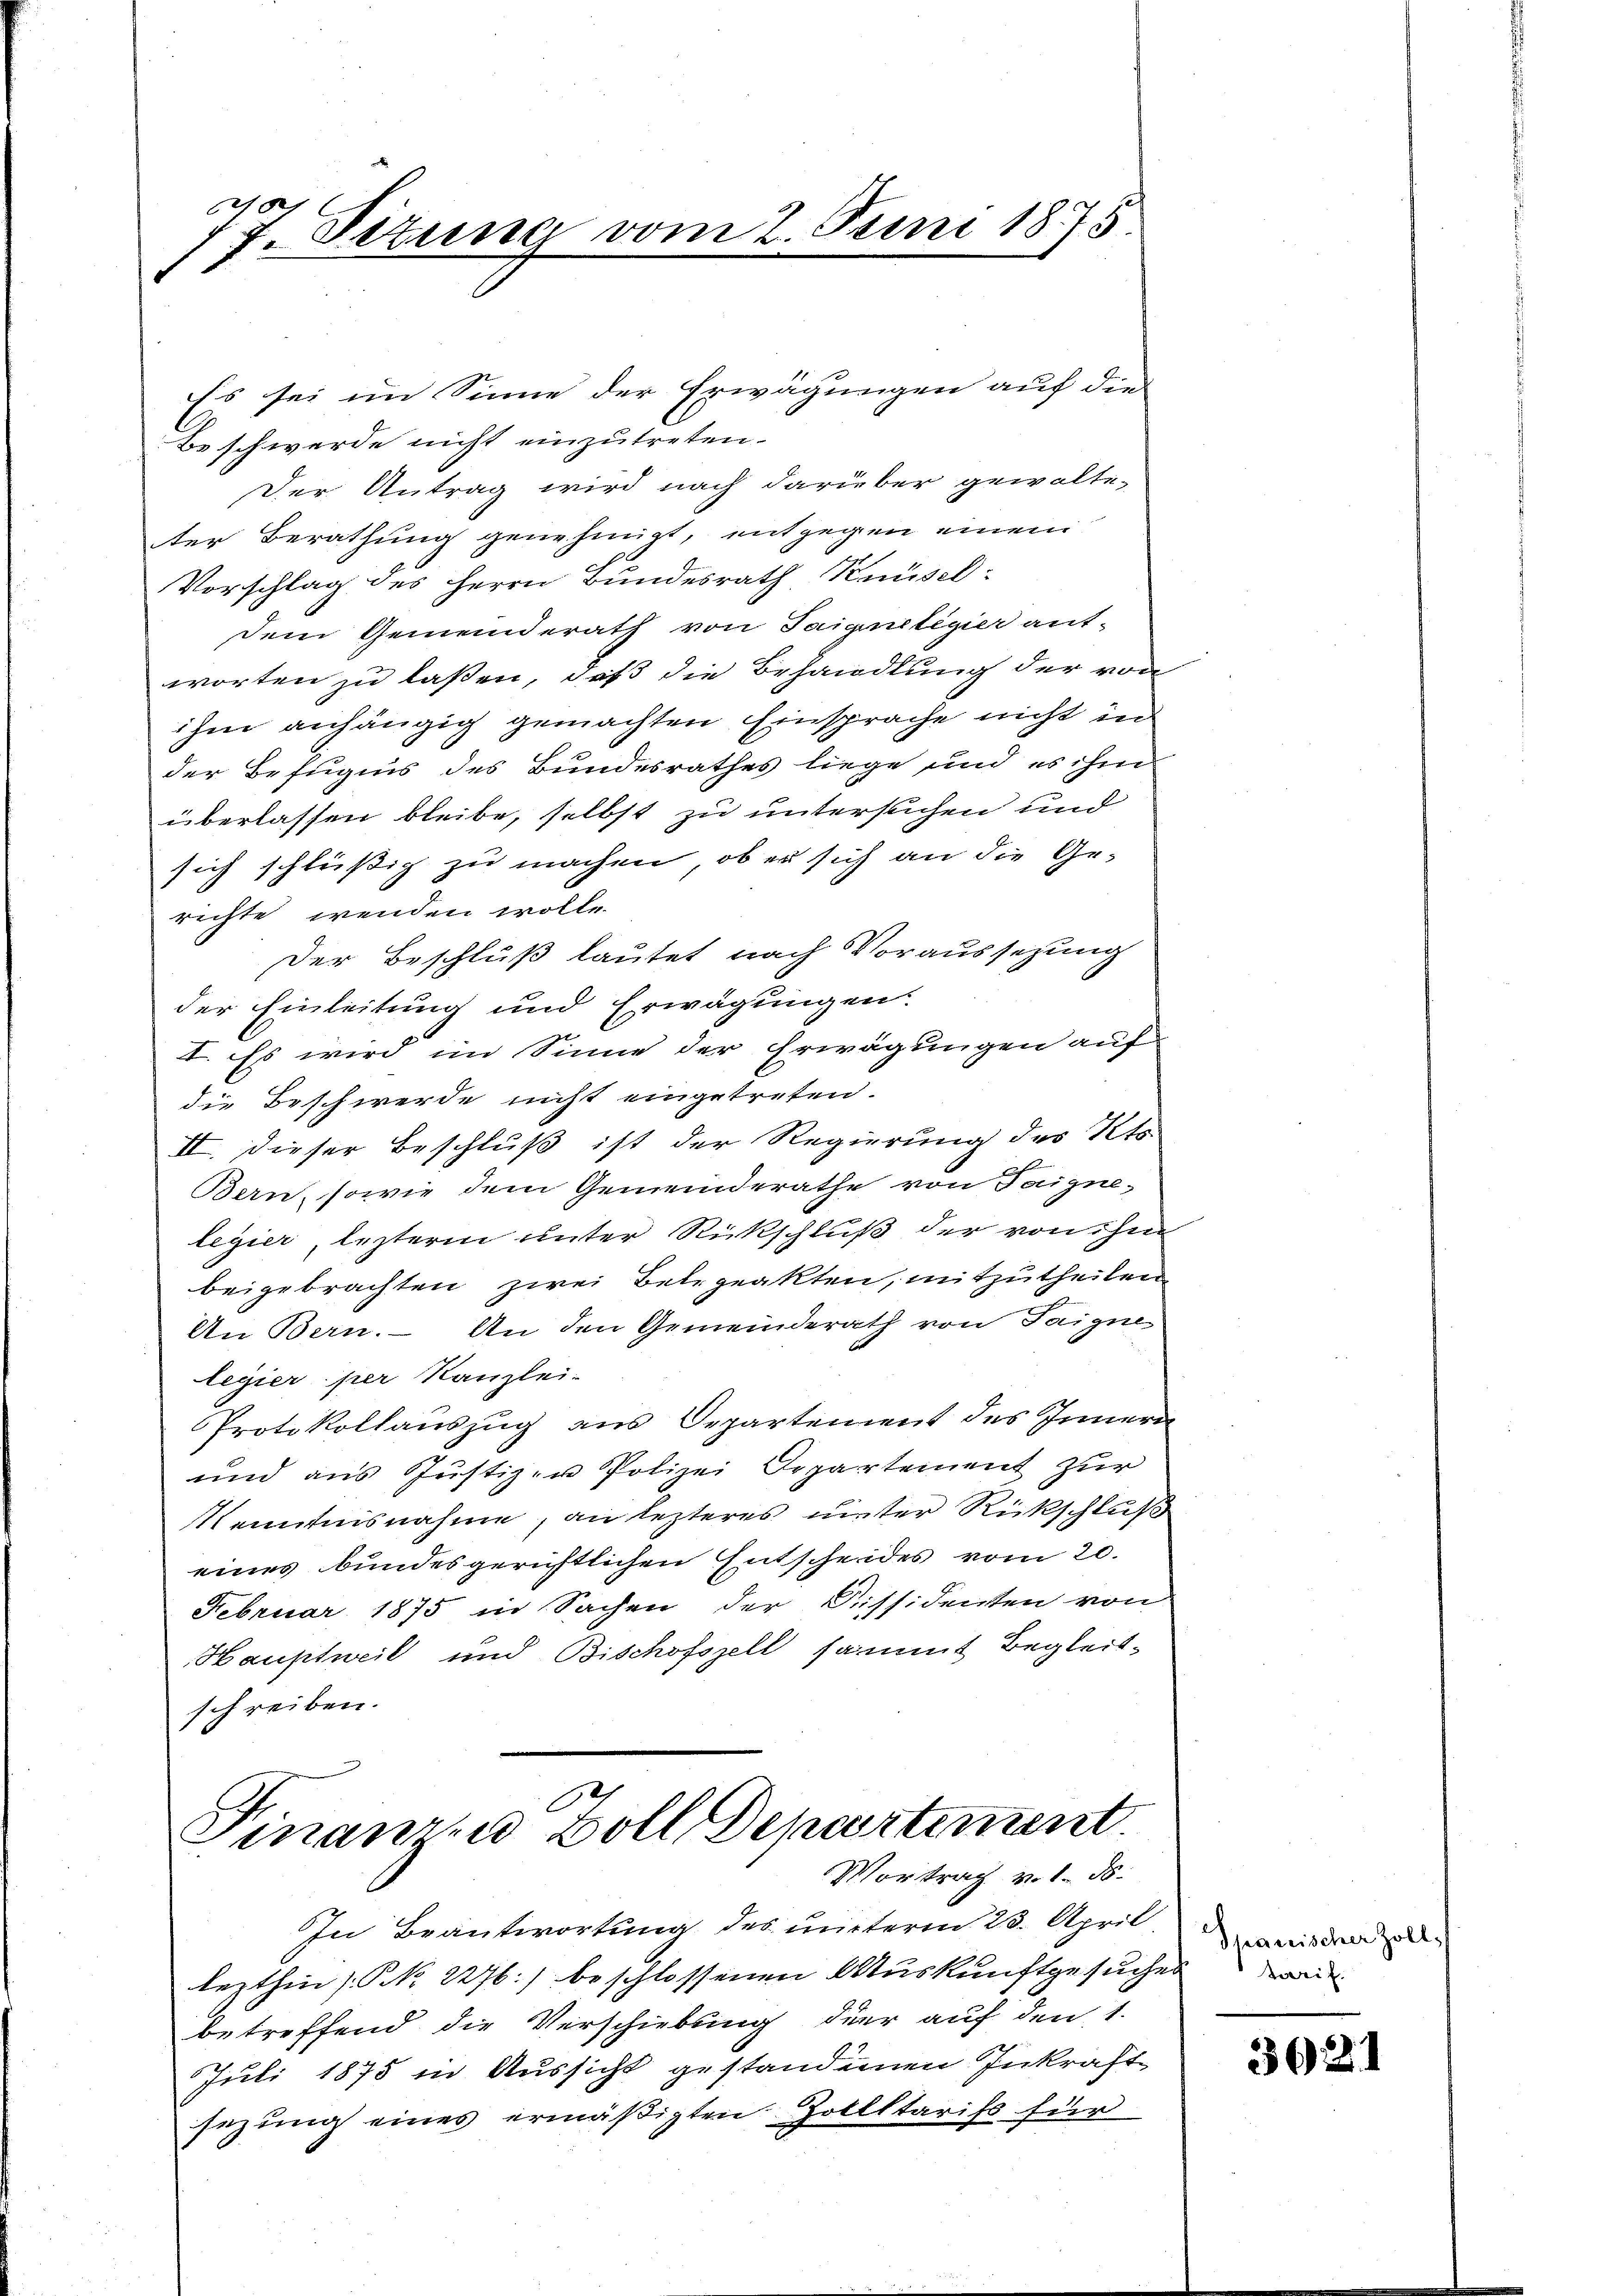
77. Situng vom 2. Juni 1875

Es sei im Sinne der Erwägungen auf die
Be schwerde nicht einzutreten.
Der Antrag wird nach darüber gewalte-
ter Berathung genehmigt, entgegen einem
Vorschlag des Herrn Bundesrath Knüsel:
dem Gemeinderath von Taignetigier ant-
worten zu lassen, daß die Behandlung der von
ihm anhängig gemachten Einsprache nicht in
der Befugnis des Bundesrathes liege und es ihm
überlassen bleibe, selbst zu untersuchen und
sich schlüßig zu machen, ob er sich an die Ge-
richte wenden wolle.
Der Beschluß lautet nach Voraussezung
der Einleitung und Erwägungen
I. Es wird im Sinne der Erwägungen auf
die Beschwerde nicht eingetreten.
II. Dieser Beschluß ist der Regierung des Kts.
Bern, sowie dem Gemeinderathe von Taigne-
legier, lezterm unter Rückschluß der von ihn
beigebrachten zwei Belegeakten, mitzutheilen
An Bern. An den Gemeinderath von Taigne
legier per Kanzlei-
Protokollauszug aus Departement des Innern
und aus Justizen Polizei Departement zur
Kenntnisnahme, an lezteres unter Rückschluß
eines bundesgerichtlichen Entscheides vom 20.
Februar 1875 in Sachen der Dissidenten von
Hauptweil und Bischofszell sammt Begleitschreiben.

Finanzen Zoll Departement.
Vortrag v. 1. ds.

In Beantwortung des unterm 23. April
lezthin (N. 2276) beschlossenen Auskunftgesuches wie
betreffend die Verschiebung der auf den 1.
Juli 1875 in Aussicht gestandenen Inkraft
sezung eines ermäßigten Zollltarifs für

Spanischer Zoll

3621